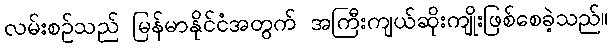
လမ်းစဉ်သည် မြန်မာနိုင်ငံအတွက် အကြီးကျယ်ဆိုးကျိုးဖြစ်စေခဲ့သည်။